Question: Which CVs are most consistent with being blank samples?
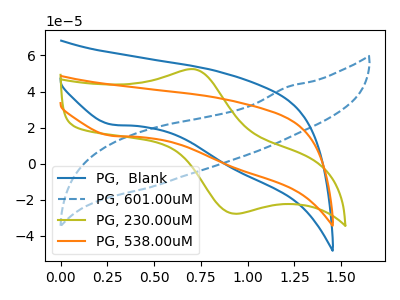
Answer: <think>The blue curve "PG,  Blank" has a cathodic peak at: (0.25V, 21.70uA). The blue dashed curve "PG, 601.00uM" has no peaks. The olive curve "PG, 230.00uM" has an anodic peak at (0.70V, 52.30uA) and a cathodic peak at (0.95V, -27.70uA). The orange curve "PG, 538.00uM" has a cathodic peak at: (0.25V, 15.50uA).</think>
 <answer>"PG, 601.00uM" is likely to be a blank.</answer>
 <eval>PG, 601.00uM</eval>